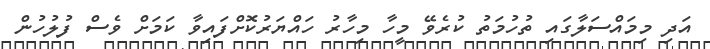
އަދި މިމައްސަލާގައި ތުހުމަތު ކުރެވޭ މީހާ މިހާރު ހައްޔަރުކޮށްފައިވާ ކަމަށް ވެސް ފުލުހުން